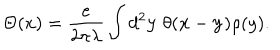
\Theta ( x ) = \frac { e } { 2 \pi \lambda } \int d ^ { 2 } { \bf y } ~ \theta ( { \bf x } - { \bf y } ) \rho ( y ) .